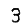
Digit: 3